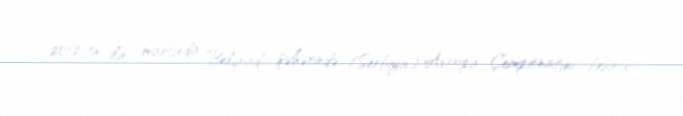
2012-ci ilin martında Belqrad şəhərində (Serbiya) Avropa Çempionatını beşinci